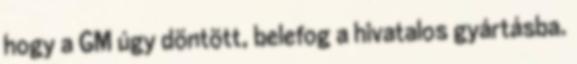
hogy a GM úgy döntött, belefog a hivatalos gyártásba.